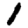
Digit: 1